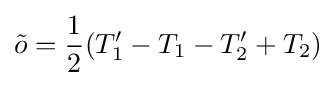
{\tilde {o}}={\frac {1}{2}}(T_{1}'-T_{1}-T_{2}'+T_{2})